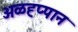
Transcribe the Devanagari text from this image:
अळह्प्पान